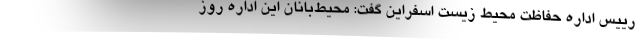
رییس اداره حفاظت محیط زیست اسفراین گفت: محیط‌بانان این اداره روز